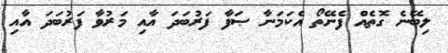
ލިބޭނެ ގޮތެއް ފެނޭތޯ އެކަމަނާ ޞަފާ ފަރުބަދަ އާއި މަރުވާ ފަރުބަދަ އާއި